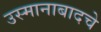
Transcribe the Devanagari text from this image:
उस्मानाबादचे